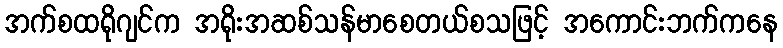
အက်စထရိုဂျင်က အရိုးအဆစ်သန်မာစေတယ်စသဖြင့် အကောင်းဘက်ကနေ